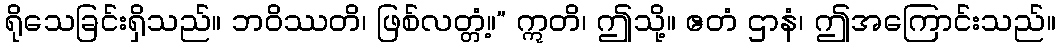
ရိုသေခြင်းရှိသည်။ ဘဝိဿတိ၊ ဖြစ်လတ္တံ့။” ဣတိ၊ ဤသို့။ ဧတံ ဌာနံ၊ ဤအကြောင်းသည်။